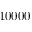
1 0 0 0 0